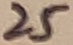
Text: 25